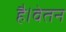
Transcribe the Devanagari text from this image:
है।वेतन